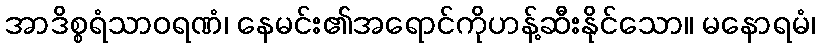
အာဒိစ္စရံသာဝရဏံ၊ နေမင်း၏အရောင်ကိုဟန့်ဆီးနိုင်သော။ မနောရမံ၊